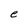
Character: e